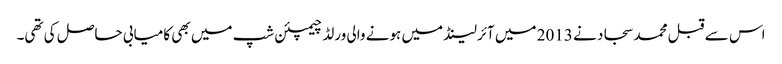
اس سے قبل محمد سجاد نے 2013 میں آئرلینڈ میں ہونے والی ورلڈ چیمپئن شپ میں بھی کامیابی حاصل کی تھی۔